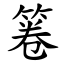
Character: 箞